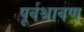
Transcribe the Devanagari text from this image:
पूर्वश्रावण